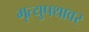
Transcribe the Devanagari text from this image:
मृत्युपथावर